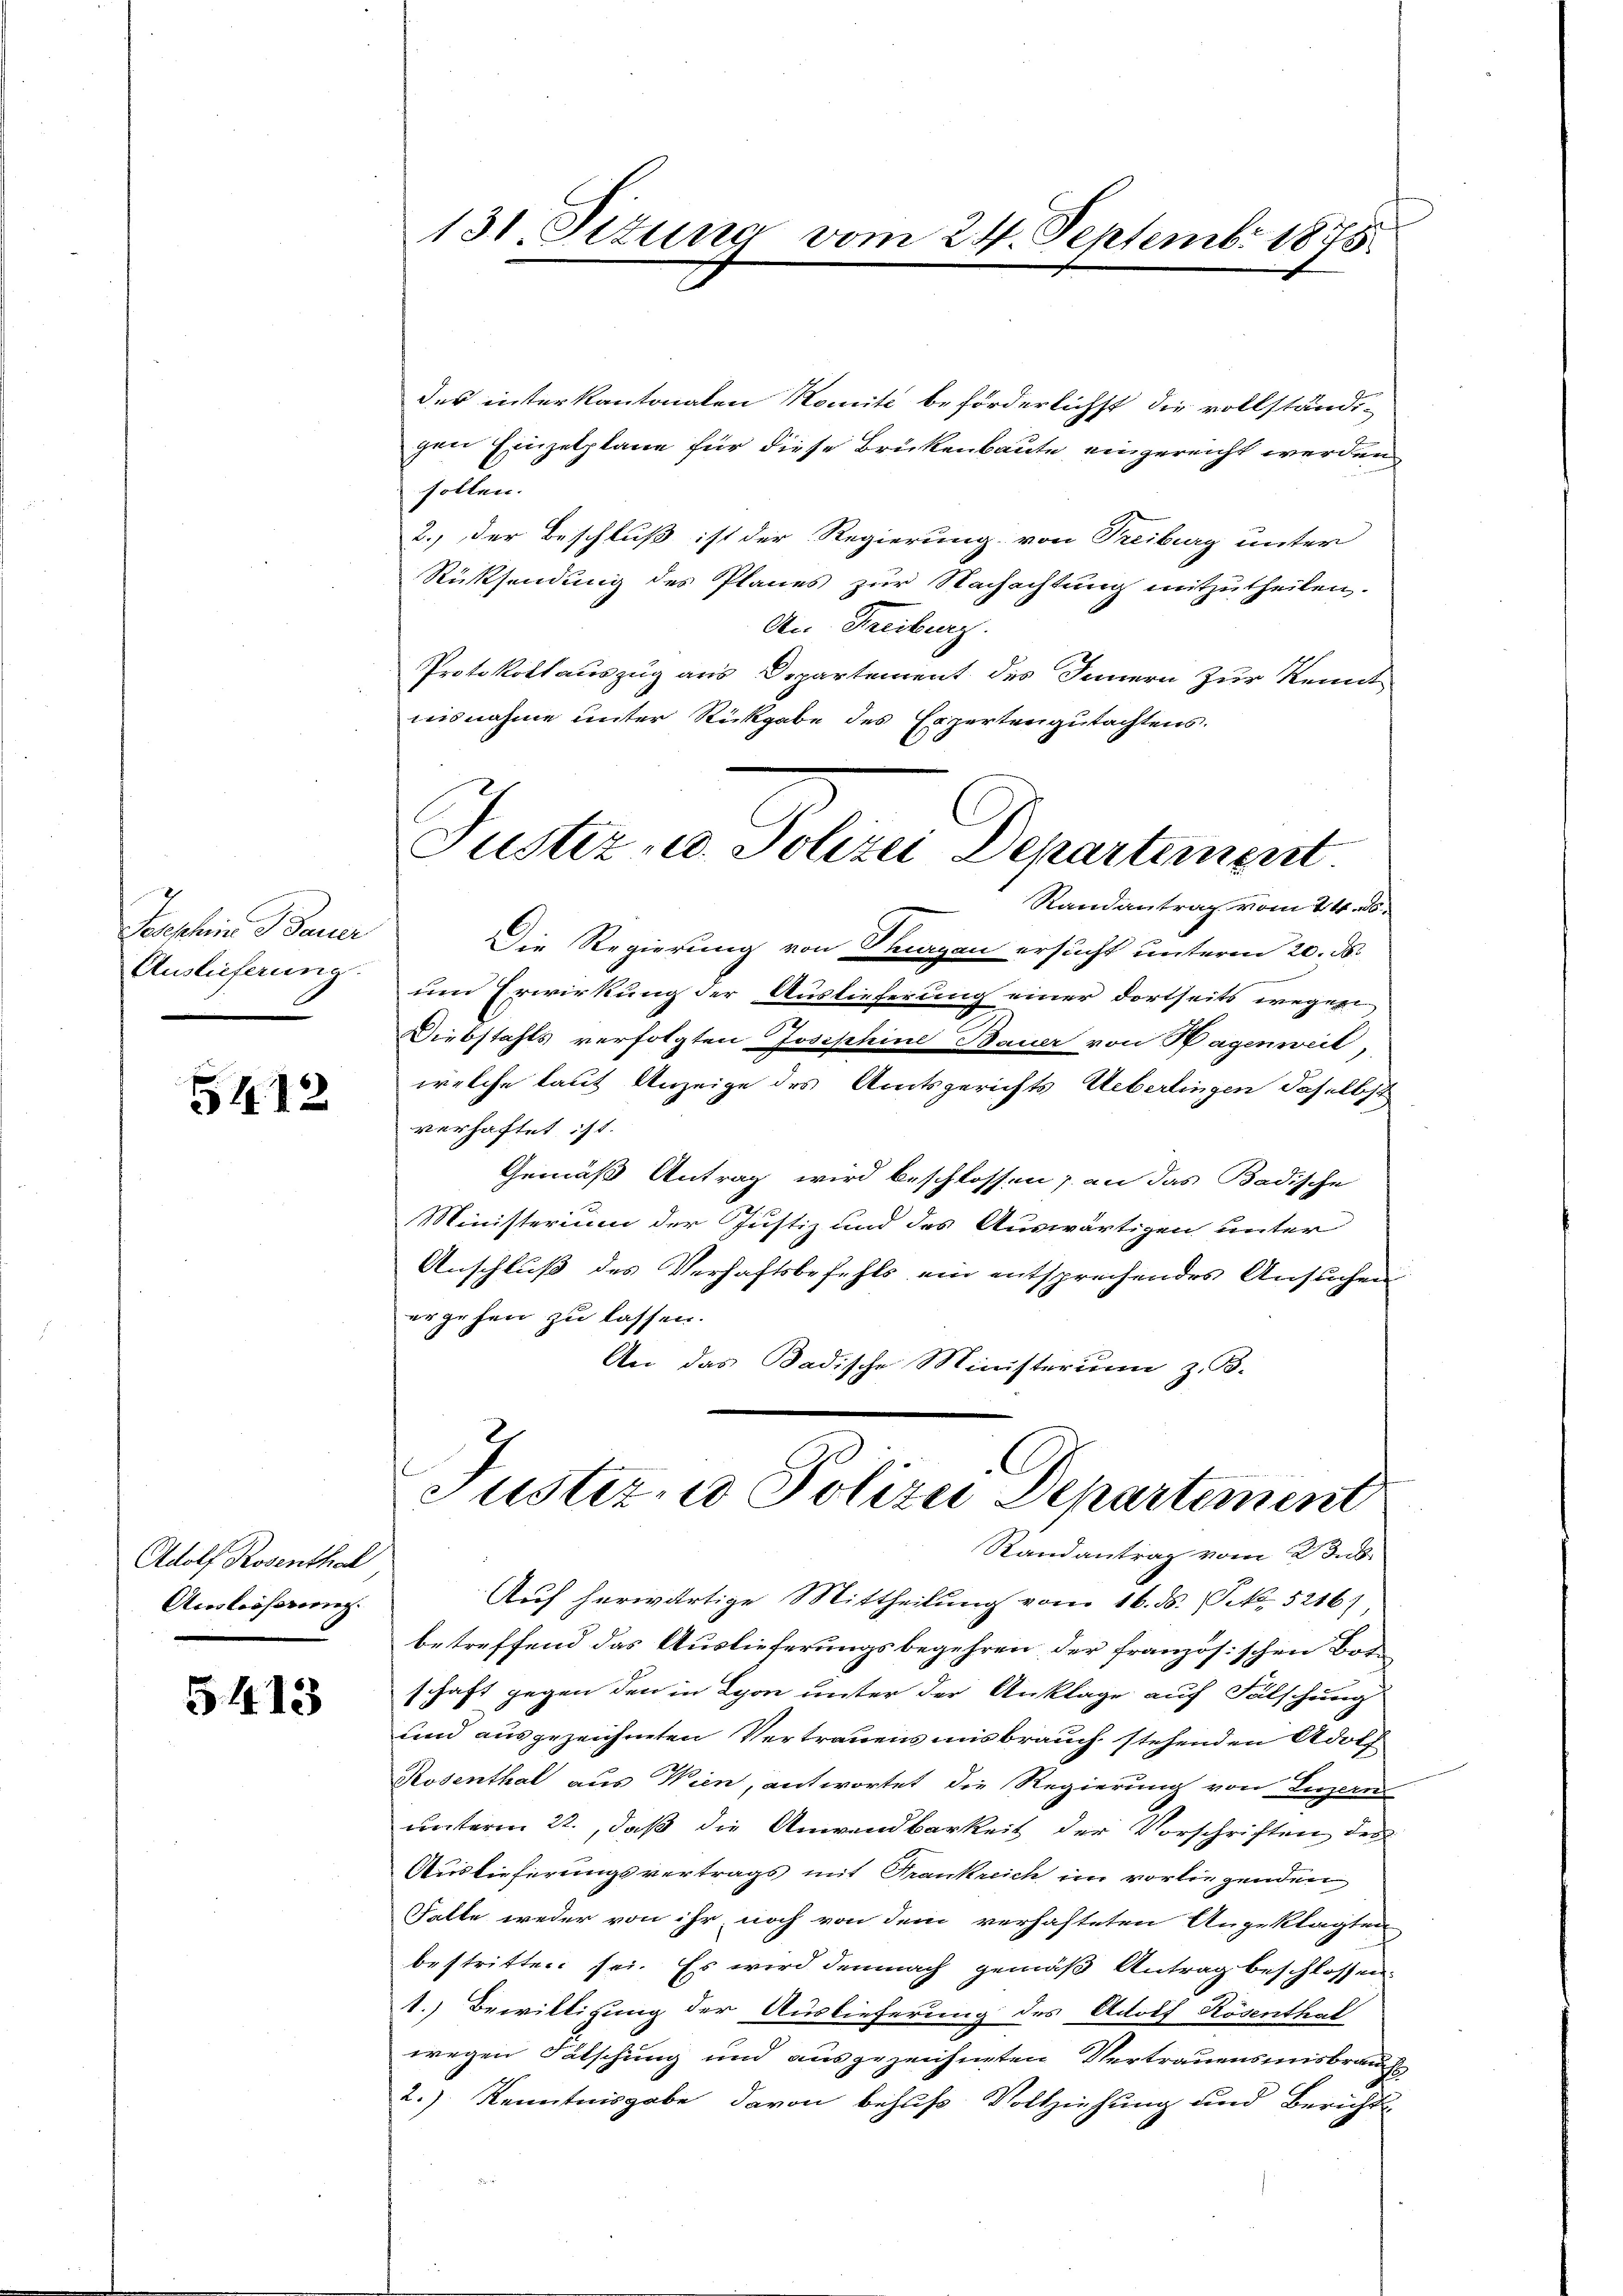
Verschein Bauer
Auslieferung

5112

Adolf Rosenthal
Auslooserung.

5413

131. Situng vom 24. Septembr 1875.

Justiz- u. Polizei Departement
Randantrag vom 24. ds.

des interkantonalen Komite beförderlichst die vollständigen Einzelplane für diese Brückenbaute eingereicht werden
sollen.
2.) Der Beschluß ist der Regierung von Treiburg unter
Rücksendung des Planes zur Nachachtung mitzutheilen.
An Freiburg.
Protokollauszug aus Departement des Innern zur Kennt
aisnahme unter Rückgabe des Expertengutachtens.
Die Regierung von Thurgau ersucht unterm 20. d.
um Erwirkung der Auslieferung einer dortseits wegen
Diebstahls verfolgten Josephine Bauer von Wagenweil,
welche laut Anzeige des Amtsgerichts Ueberlingen daselbst
verhaftet ist.
Gemäß Antrag wird beschlossen, an das Badische
Ministerium der Justiz und des Auswärtigen unter
Anschluß des Verhaftsbefehls ein entsprechendes Ansuchen
ergehen zu lassen.
An das Badische Ministerum z. B.

C
Justiz und Polizei Departement
Randantrag vom 23.

Auf herwärtige Mittheilung vom 16. ds. P. k. 5216)
betreffend das Auslieferungsbegehren, der französischen Borschaft gegen den in Lyon unter der Anklage auf Fälschung
und ausgezeichneten Vertrauens misbrauch stehenden Adolf
Rosenthal aus Wien, antwortet die Regierung von Luzern
unterm 22., daß die Anwendbarkeit der Vorschriften des
Auslieferungsvertrags mit Grankreich im vorliegenden
Falte weder von ihr noch von dem verhafteten Angeklagten
bestritten sei. Es wird demnach gemäß Antrag beschlossen:
1.) Bewilligung der Auslieferung des Adolf Rösenthal
wegen Falschung und ausgezeichneten Vertrauensmisbrauchs
2.) Kenntnisgabe davon behufs Vollziehung und Bericht
e